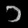
Digit: ၁